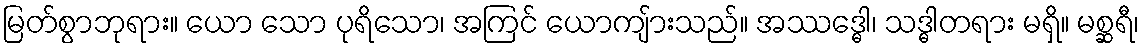
မြတ်စွာဘုရား။ ယော သော ပုရိသော၊ အကြင် ယောကျ်ားသည်။ အဿဒ္ဓေါ၊ သဒ္ဓါတရား မရှိ။ မစ္ဆရီ၊